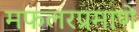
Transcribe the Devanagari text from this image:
मफलरप्रमाणे